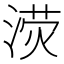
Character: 𣸨